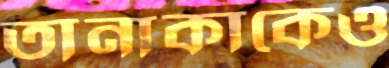
তানাকাকেও